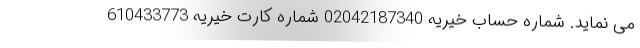
می نماید. شماره حساب خیریه 02042187340 شماره کارت خیریه 610433773